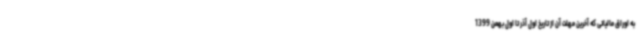
به اوراق مالیاتی که آخرین مهلت آن از تاریخ اول آذر تا اول بهمن 1399